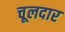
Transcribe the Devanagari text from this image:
चूलदार